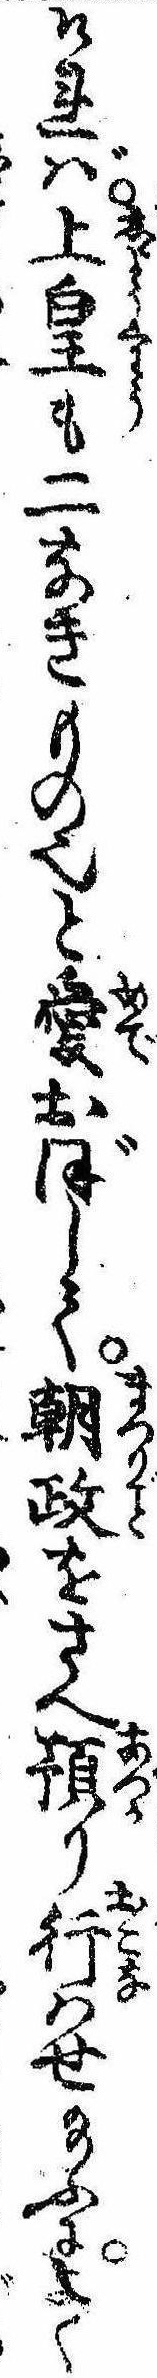
ければ上皇も二なきもの也と愛おぼして朝政をさへ預り行はせ給ふによく